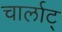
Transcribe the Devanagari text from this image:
चार्लाट्